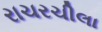
રાચરચીલા